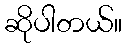
ဆိုပါတယ်။